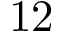
\mathrm { 1 2 }